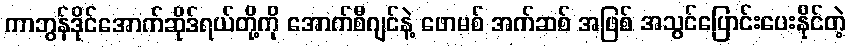
ကာဘွန်ဒိုင်အောက်ဆိုဒ်ရယ်တို့ကို အောက်စီဂျင်နဲ့ ဖောမစ် အက်ဆစ် အဖြစ် အသွင်ပြောင်းပေးနိုင်တဲ့